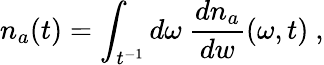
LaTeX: n_{a}(t)=\int_{t^{-1}}d\omega~{\frac{dn_{a}}{dw}}(\omega,t)\ ,